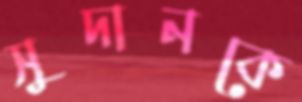
সুদানকে